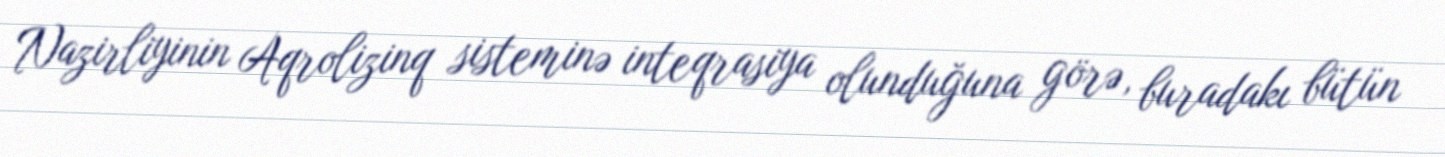
Nazirliyinin Aqrolizinq sisteminə inteqrasiya olunduğuna görə, buradakı bütün